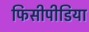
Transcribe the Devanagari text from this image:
फिसीपीडिया